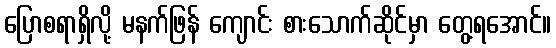
ပြောစရာရှိလို့ မနက်ဖြန် ကျောင်း စားသောက်ဆိုင်မှာ တွေ့ရအောင်။